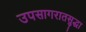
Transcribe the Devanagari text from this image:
उपसागरातसुद्धा